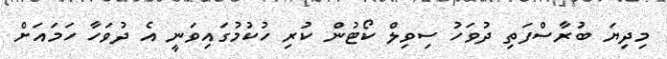
މިދިޔަ ބުރާސްފަތި ދުވަހު ސިވިލް ކޯޓުން ކުރި ހުކުމުގައިވަނީ އެ ދުވަހާ ހަމައަށް